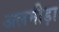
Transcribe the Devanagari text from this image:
अलमीड़ा